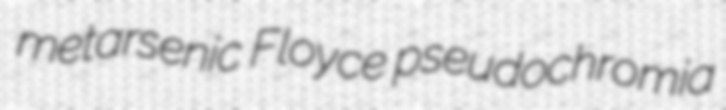
metarsenic Floyce pseudochromia